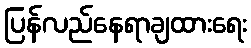
ပြန်လည်နေရာချထားရေး